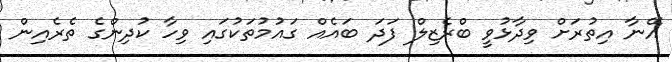
އޭނާ އިތުރަށް ވިދާޅުވީ ބްރެޒިލް ފަދަ ބައެއް ގައުމުތަކުގައި ވިހާ ކުދިންގެ ތެރެއިން